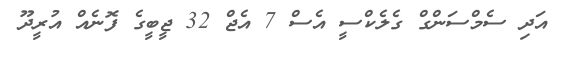
އަދި ސެމްސަންގް ގެލެކްސީ އެސް 7 އެޖް 32 ޖީބީގެ ފޮނެއް އުރީދޫ